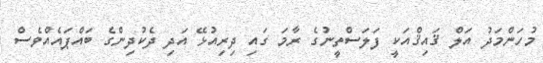
މުހަންމަދު އަލް ޤައިޤްއަކީ ފަލަސްތީނުގެ ރާމަ ގައި ދިރިއުޅޭ އަދި ދެކުދިންގެ ބައްޕައެއްވެސް